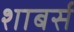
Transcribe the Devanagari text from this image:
शाबर्स